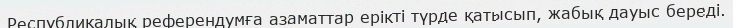
Республикалық референдумға азаматтар ерікті түрде қатысып, жабық дауыс береді.